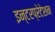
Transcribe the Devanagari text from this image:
इन्टरप्रेटेशन